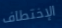
الإختطاف